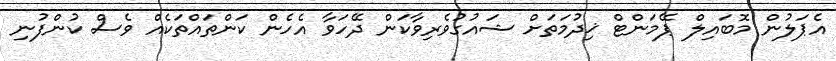
އެޕަލުން މޮބައިލް ޕޭމަންޓް ޚިދުމަތަށް ޝައުގުވެރިވާކަން ދޭހަވާ އެހެން ކަންތައްތަކެއް ވެސް ކުންފުނި